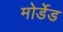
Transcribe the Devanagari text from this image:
मोर्डेड